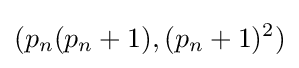
(p_{n}(p_{n}+1),(p_{n}+1)^{2})